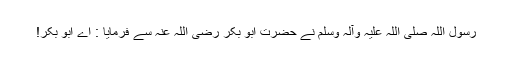
رسول اللہ صلی اللہ علیہ وآلہ وسلم نے حضرت ابو بکر رضی اللہ عنہ سے فرمایا : اے ابو بکر!